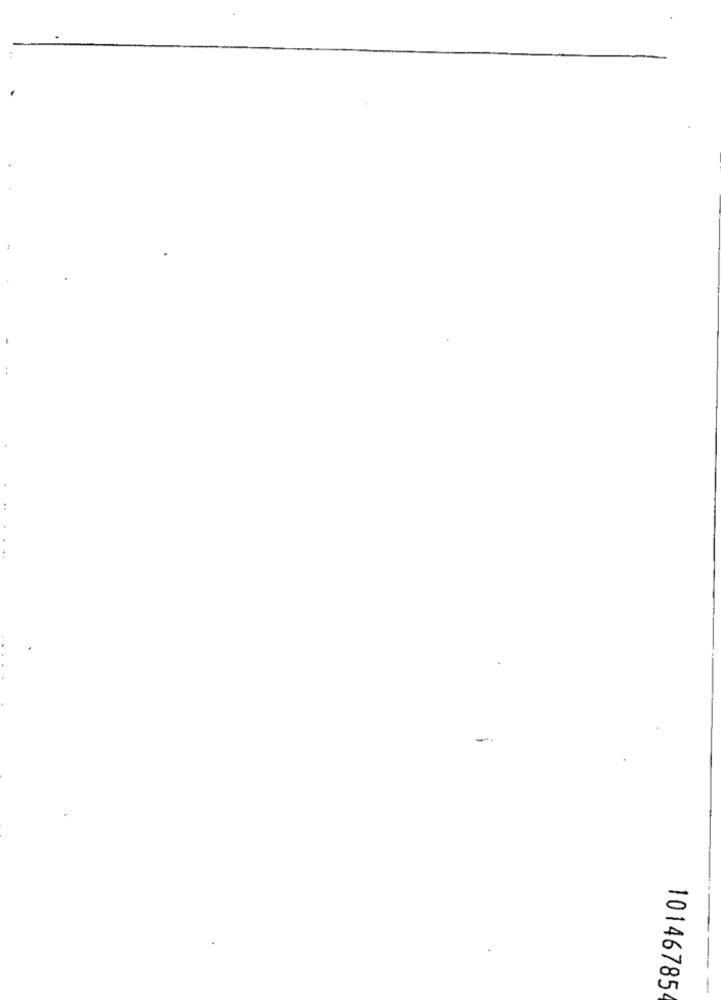
..
10146785
-